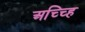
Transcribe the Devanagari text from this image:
अच्च्हि